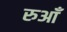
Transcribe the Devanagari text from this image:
रुआँ